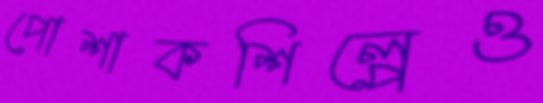
পোশাকশিল্পেও